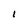
Character: l